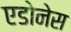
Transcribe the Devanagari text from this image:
एडोनेस